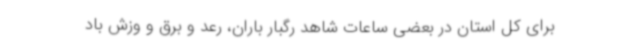
برای کل استان در بعضی ساعات شاهد رگبار باران، رعد و برق و وزش باد